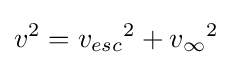
v^{2}={v_{esc}}^{2}+{v_{\infty }}^{2}